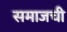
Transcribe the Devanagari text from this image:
समाजची